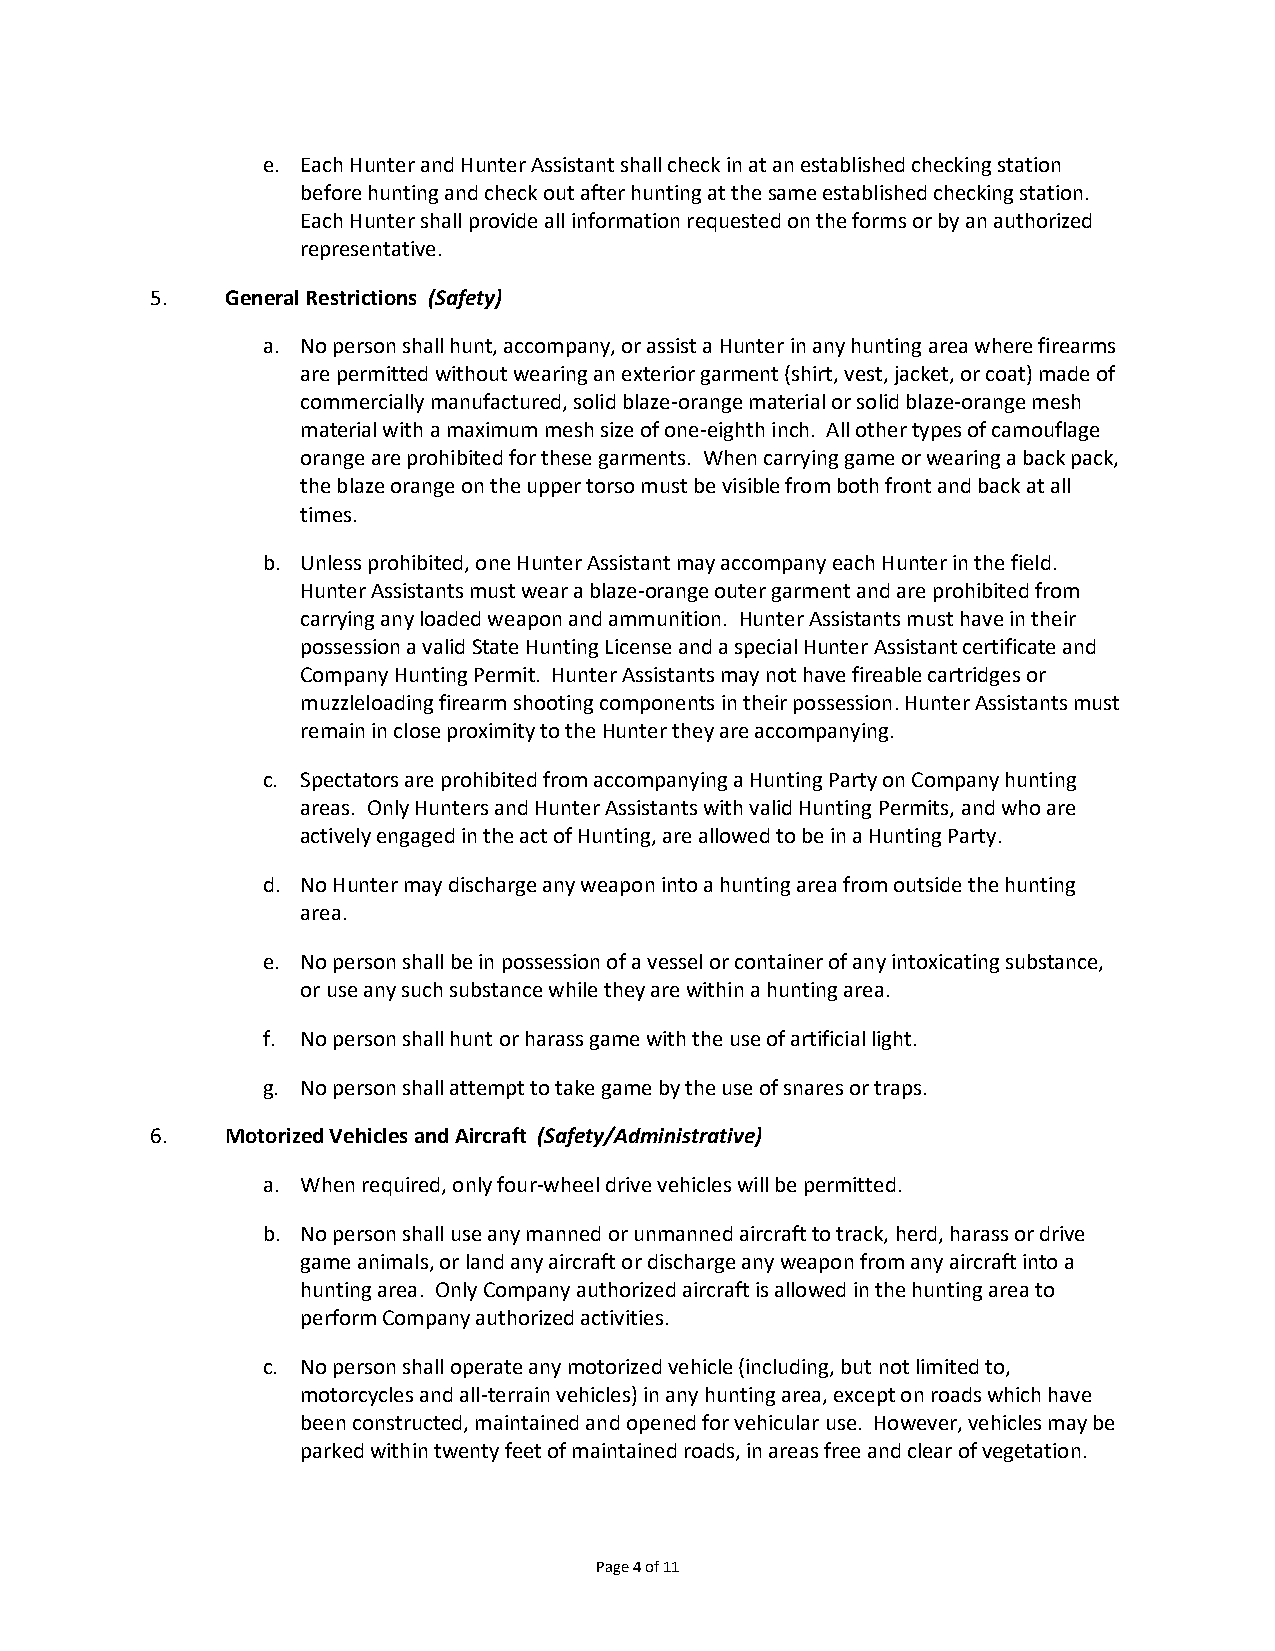
e. Each Hunter and Hunter Assistant shall check in at an established checking station
 before hunting and check out after hunting at the same established checking station.
 Each Hunter shall provide all information requested on the forms or by an authorized
 representative.
 5.   General Restrictions (Safety)
 a. No person shall hunt, accompany, or assist a Hunter in any hunting area where firearms
 are permitted without wearing an exterior garment (shirt, vest, jacket, or coat) made of
 commercially manufactured, solid blaze-orange material or solid blaze-orange mesh
 material with a maximum mesh size of one-eighth inch. All other types of camouflage
 orange are prohibited for these garments. When carrying game or wearing a back pack,
 the blaze orange on the upper torso must be visible from both front and back at all
 times.
 b. Unless prohibited, one Hunter Assistant may accompany each Hunter in the field.
 Hunter Assistants must wear a blaze-orange outer garment and are prohibited from
 carrying any loaded weapon and ammunition. Hunter Assistants must have in their
 possession a valid State Hunting License and a special Hunter Assistant certificate and
 Company Hunting Permit. Hunter Assistants may not have fireable cartridges or
 muzzleloading firearm shooting components in their possession. Hunter Assistants must
 remain in close proximity to the Hunter they are accompanying.
 c. Spectators are prohibited from accompanying a Hunting Party on Company hunting
 areas. Only Hunters and Hunter Assistants with valid Hunting Permits, and who are
 actively engaged in the act of Hunting, are allowed to be in a Hunting Party.
 d. No Hunter may discharge any weapon into a hunting area from outside the hunting
 area.
 e. No person shall be in possession of a vessel or container of any intoxicating substance,
 or use any such substance while they are within a hunting area.
 f. No person shall hunt or harass game with the use of artificial light.
 g. No person shall attempt to take game by the use of snares or traps.
 6.   Motorized Vehicles and Aircraft (Safety/Administrative)
 a. When required, only four-wheel drive vehicles will be permitted.
 b. No person shall use any manned or unmanned aircraft to track, herd, harass or drive
 game animals, or land any aircraft or discharge any weapon from any aircraft into a
 hunting area. Only Company authorized aircraft is allowed in the hunting area to
 perform Company authorized activities.
 c. No person shall operate any motorized vehicle (including, but not limited to,
 motorcycles and all-terrain vehicles) in any hunting area, except on roads which have
 been constructed, maintained and opened for vehicular use. However, vehicles may be
 parked within twenty feet of maintained roads, in areas free and clear of vegetation.
 Page 4 of 11